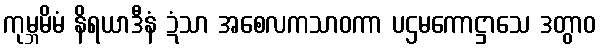
ကုမ္ဘမိမံ နိရယာဒီနံ ဍံသာ အစေလကသာဝကာ ပဌမကောဋ္ဌာသေ ဒတွာဝ